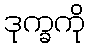
ဒုက္ခကို